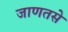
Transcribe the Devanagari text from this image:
जाणतसे